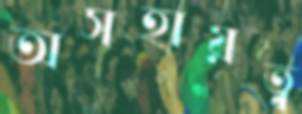
অসহায়ত্ব